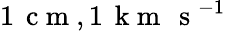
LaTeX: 1\, \mathrm{~c~m~},1\, \mathrm{~k~m~}\, \mathrm{~s~}^{-1}